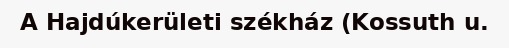
A Hajdúkerületi székház (Kossuth u.